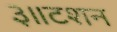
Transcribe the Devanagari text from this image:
३॥टशन